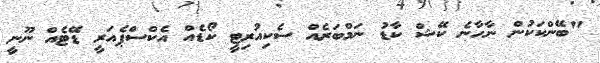
"ބޭންކަކުން ނާހާނެ ކޭޝް ކާޑު ނަމްބަރެއް ސެކިއުރިޓީ ކޯޑެއް އެކްސްޕެއަރީ ޑޭޓެއް ނޫނީ